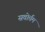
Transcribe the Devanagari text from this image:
सवोर्त्तम